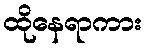
ထိုနေရာကား